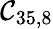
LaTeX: \mathcal{C}_{35,8}